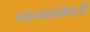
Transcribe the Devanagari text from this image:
गाभ्याभोवती